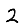
Digit: 2